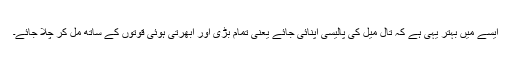
ایسے میں بہتر یہی ہے کہ تال میل کی پالیسی اپنائی جائے یعنی تمام بڑی اور ابھرتی ہوئی قوتوں کے ساتھ مل کر چلا جائے۔